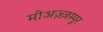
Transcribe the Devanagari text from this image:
मोअज़्ज़म्पुर